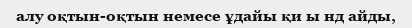
алу оқтын-оқтын немесе ұдайы қи ы нд айды,